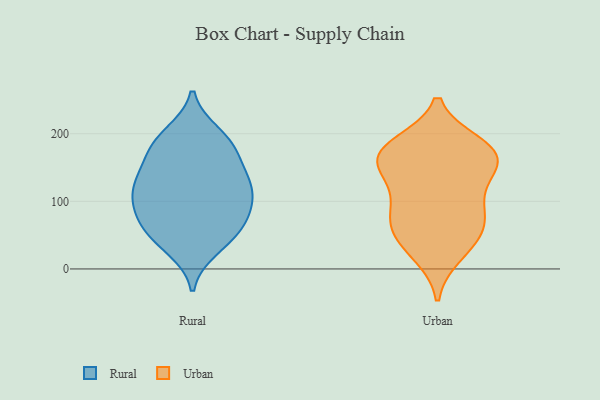
{"axis": {"x": "Latency (ms)", "y": "Value"}, "legend": ["Rural", "Urban"], "data": [{"x": "", "y": 107, "type": "Rural"}, {"x": "", "y": 140, "type": "Rural"}, {"x": "", "y": 65, "type": "Rural"}, {"x": "", "y": 118, "type": "Rural"}, {"x": "", "y": 99, "type": "Rural"}, {"x": "", "y": 134, "type": "Rural"}, {"x": "", "y": 89, "type": "Rural"}, {"x": "", "y": 135, "type": "Rural"}, {"x": "", "y": 38, "type": "Rural"}, {"x": "", "y": 79, "type": "Rural"}, {"x": "", "y": 190, "type": "Rural"}, {"x": "", "y": 30, "type": "Rural"}, {"x": "", "y": 57, "type": "Rural"}, {"x": "", "y": 200, "type": "Rural"}, {"x": "", "y": 175, "type": "Rural"}, {"x": "", "y": 116, "type": "Rural"}, {"x": "", "y": 167, "type": "Rural"}, {"x": "", "y": 190, "type": "Rural"}, {"x": "", "y": 59, "type": "Rural"}, {"x": "", "y": 176, "type": "Urban"}, {"x": "", "y": 184, "type": "Urban"}, {"x": "", "y": 74, "type": "Urban"}, {"x": "", "y": 135, "type": "Urban"}, {"x": "", "y": 53, "type": "Urban"}, {"x": "", "y": 83, "type": "Urban"}, {"x": "", "y": 160, "type": "Urban"}, {"x": "", "y": 169, "type": "Urban"}, {"x": "", "y": 180, "type": "Urban"}, {"x": "", "y": 22, "type": "Urban"}, {"x": "", "y": 33, "type": "Urban"}, {"x": "", "y": 118, "type": "Urban"}, {"x": "", "y": 164, "type": "Urban"}, {"x": "", "y": 60, "type": "Urban"}, {"x": "", "y": 154, "type": "Urban"}, {"x": "", "y": 89, "type": "Urban"}]}